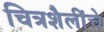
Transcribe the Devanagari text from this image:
चित्रशैलींचे